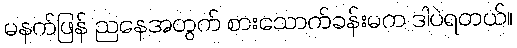
မနက်ဖြန် ညနေအတွက် စားသောက်ခန်းမက ဒါပဲရတယ်။